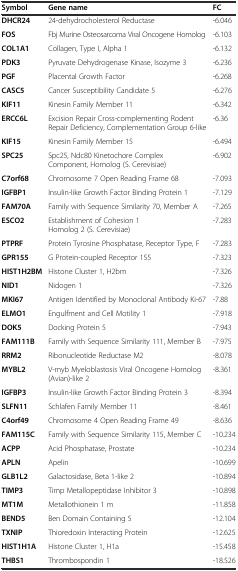
<table><thead><tr><td><b>Symbol</b></td><td><b>Gene name</b></td><td><b>FC</b></td></tr></thead><tbody><tr><td><b>DHCR24</b></td><td>24-dehydrocholesterol Reductase</td><td>-6.046</td></tr><tr><td><b>FOS</b></td><td>Fbj Murine Osteosarcoma Viral Oncogene Homolog</td><td>-6.103</td></tr><tr><td><b>COL1A1</b></td><td>Collagen, Type I, Alpha 1</td><td>-6.132</td></tr><tr><td><b>PDK3</b></td><td>Pyruvate Dehydrogenase Kinase, Isozyme 3</td><td>-6.236</td></tr><tr><td><b>PGF</b></td><td>Placental Growth Factor</td><td>-6.268</td></tr><tr><td><b>CASC5</b></td><td>Cancer Susceptibility Candidate 5</td><td>-6.276</td></tr><tr><td><b>KIF11</b></td><td>Kinesin Family Member 11</td><td>-6.342</td></tr><tr><td><b>ERCC6L</b></td><td>Excision Repair Cross-complementing Rodent Repair Deficiency, Complementation Group 6-like</td><td>-6.36</td></tr><tr><td><b>KIF15</b></td><td>Kinesin Family Member 15</td><td>-6.494</td></tr><tr><td><b>SPC25</b></td><td>Spc25, Ndc80 Kinetochore Complex Component, Homolog (S. Cerevisiae)</td><td>-6.902</td></tr><tr><td><b>C7orf68</b></td><td>Chromosome 7 Open Reading Frame 68</td><td>-7.093</td></tr><tr><td><b>IGFBP1</b></td><td>Insulin-like Growth Factor Binding Protein 1</td><td>-7.129</td></tr><tr><td><b>FAM70A</b></td><td>Family with Sequence Similarity 70, Member A</td><td>-7.265</td></tr><tr><td><b>ESCO2</b></td><td>Establishment of Cohesion 1 Homolog 2 (S. Cerevisiae)</td><td>-7.283</td></tr><tr><td><b>PTPRF</b></td><td>Protein Tyrosine Phosphatase, Receptor Type, F</td><td>-7.283</td></tr><tr><td><b>GPR155</b></td><td>G Protein-coupled Receptor 155</td><td>-7.323</td></tr><tr><td><b>HIST1H2BM</b></td><td>Histone Cluster 1, H2bm</td><td>-7.326</td></tr><tr><td><b>NID1</b></td><td>Nidogen 1</td><td>-7.326</td></tr><tr><td><b>MKI67</b></td><td>Antigen Identified by Monoclonal Antibody Ki-67</td><td>-7.88</td></tr><tr><td><b>ELMO1</b></td><td>Engulfment and Cell Motility 1</td><td>-7.918</td></tr><tr><td><b>DOK5</b></td><td>Docking Protein 5</td><td>-7.943</td></tr><tr><td><b>FAM111B</b></td><td>Family with Sequence Similarity 111, Member B</td><td>-7.975</td></tr><tr><td><b>RRM2</b></td><td>Ribonucleotide Reductase M2</td><td>-8.078</td></tr><tr><td><b>MYBL2</b></td><td>V-myb Myeloblastosis Viral Oncogene Homolog (Avian)-like 2</td><td>-8.361</td></tr><tr><td><b>IGFBP3</b></td><td>Insulin-like Growth Factor Binding Protein 3</td><td>-8.394</td></tr><tr><td><b>SLFN11</b></td><td>Schlafen Family Member 11</td><td>-8.461</td></tr><tr><td><b>C4orf49</b></td><td>Chromosome 4 Open Reading Frame 49</td><td>-8.636</td></tr><tr><td><b>FAM115C</b></td><td>Family with Sequence Similarity 115, Member C</td><td>-10.234</td></tr><tr><td><b>ACPP</b></td><td>Acid Phosphatase, Prostate</td><td>-10.234</td></tr><tr><td><b>APLN</b></td><td>Apelin</td><td>-10.699</td></tr><tr><td><b>GLB1L2</b></td><td>Galactosidase, Beta 1-like 2</td><td>-10.894</td></tr><tr><td><b>TIMP3</b></td><td>Timp Metallopeptidase Inhibitor 3</td><td>-10.898</td></tr><tr><td><b>MT1M</b></td><td>Metallothionein 1 m</td><td>-11.858</td></tr><tr><td><b>BEND5</b></td><td>Ben Domain Containing 5</td><td>-12.104</td></tr><tr><td><b>TXNIP</b></td><td>Thioredoxin Interacting Protein</td><td>-12.625</td></tr><tr><td><b>HIST1H1A</b></td><td>Histone Cluster 1, H1a</td><td>-15.458</td></tr><tr><td><b>THBS1</b></td><td>Thrombospondin 1</td><td>-18.526</td></tr></tbody></table>